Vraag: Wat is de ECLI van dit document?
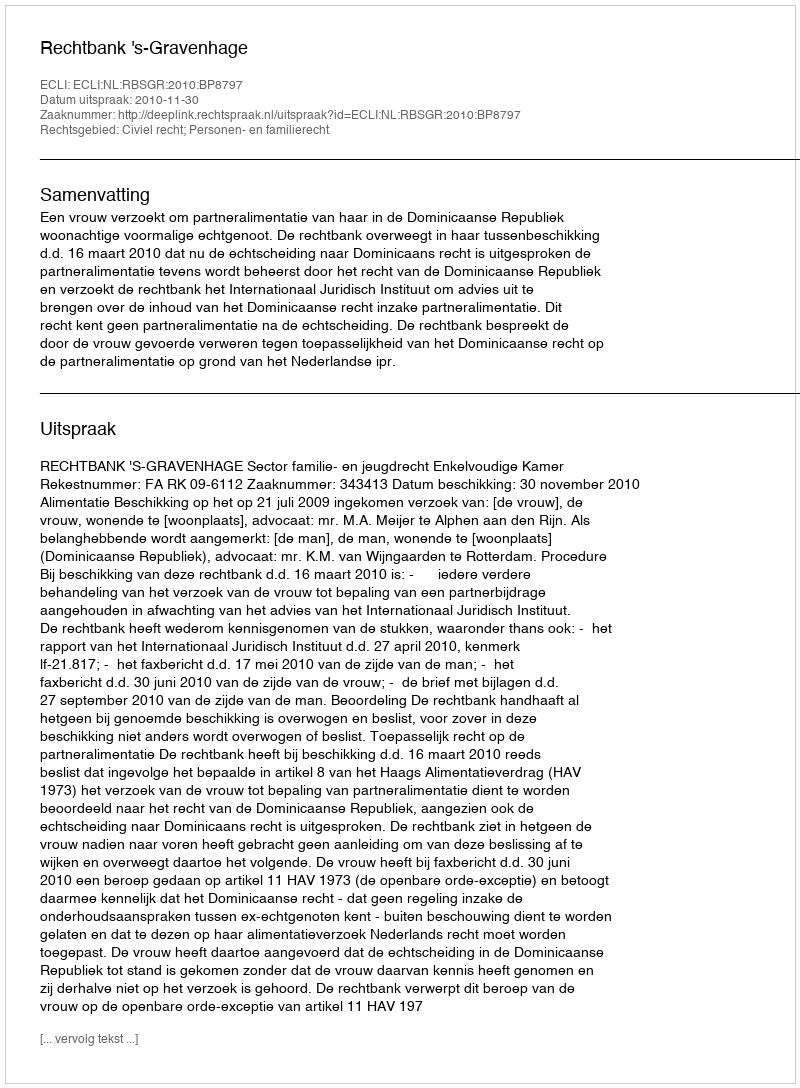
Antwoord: ECLI:NL:RBSGR:2010:BP8797